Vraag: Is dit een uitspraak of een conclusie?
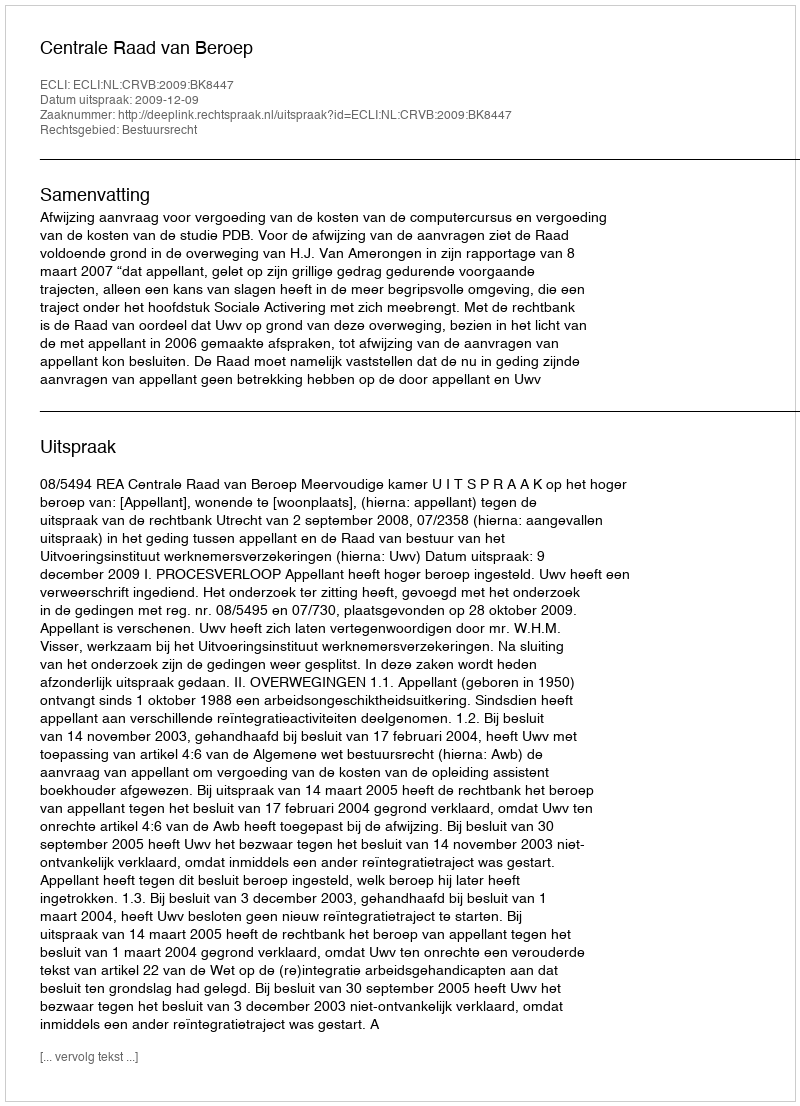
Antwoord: Uitspraak